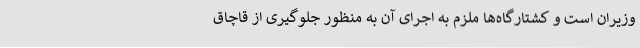
وزیران است و کشتارگاه‌ها ملزم به اجرای آن به منظور جلوگیری از قاچاق